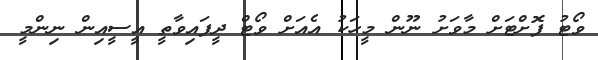
ވޯޓު ފޮށްޓަށް މާވަށު ނޫން މީހަކު އެއަށް ވޯޓް ދީފައިވާތީ އީސީއިން ނިންމީ